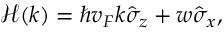
\begin{array} { r } { \mathcal { H } ( k ) = \hbar v _ { F } k \hat { \sigma } _ { z } + w \hat { \sigma } _ { x } , } \end{array}